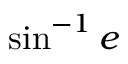
\sin ^ { - 1 } e